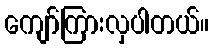
ကျော်ကြားလှပါတယ်။